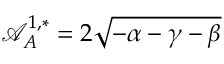
\mathcal { A } _ { A } ^ { 1 , * } = 2 \sqrt { - \alpha - \gamma - \beta }